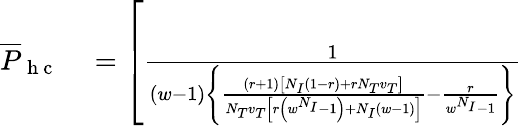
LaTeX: \begin{array}{rl}{\overline{{P}}_{\mathrm{~h~c~}}}&{{}=\left[\frac{1}{(w-1)\left\{ \frac{(r+1)\left[N_{I}(1-r)+rN_{T}v_{T}\right]}{N_{T}v_{T}\left[r\left(w^{N_{I}}-1\right)+N_{I}(w-1)\right]}-\frac{r}{w^{N_{I}}-1}\right\} }\right.}\end{array}